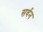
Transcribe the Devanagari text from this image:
सर्वन